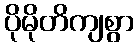
ပိုမိုတိကျစွာ